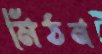
মিঠন